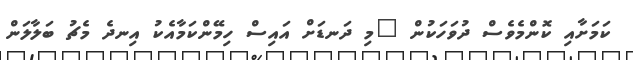
ކަމަށާއި ކޮންމެވެސް ދުވަހަކުން "މި ދަނޑަށް އައިސް ހިމޭންކަމާއެކު އިނދެ މެޗު ބަލާލަން